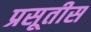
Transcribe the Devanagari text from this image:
प्रसूतीस